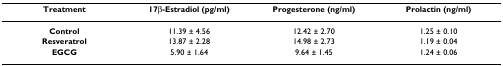
| Treatment | 17β-Estradiol (pg/ml) | Progesterone (ng/ml) | Prolactin (ng/ml) |
 | --- | --- | --- | --- |
 | Control | 11.39 ± 4.56 | 12.42 ± 2.70 | 1.25 ± 0.10 |
 | Resveratrol | 13.87 ± 2.28 | 14.98 ± 2.73 | 1.19 ± 0.04 |
 | EGCG | 5.90 ± 1.64 | 9.64 ± 1.45 | 1.24 ± 0.06 |